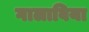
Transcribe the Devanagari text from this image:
गालाबिया